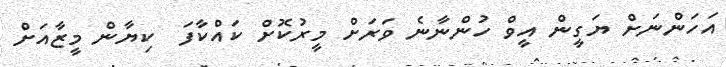
އަހަންނަށް ޔަގީން އީވް ހުންނާނެ ވަރަށް މީރުކޮށް ކައްކާފަ  ކިޔާން މީޒާއަށް